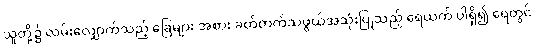
သူတို့၌ လမ်းလျှောက်သည့် ခြေများ အစား ခတ်တက်သဖွယ်အသုံးပြုသည့် ရေယက် ပါရှိ၍ ရေတွင်